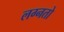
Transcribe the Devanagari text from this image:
लग्नतो